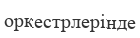
оркестрлерінде